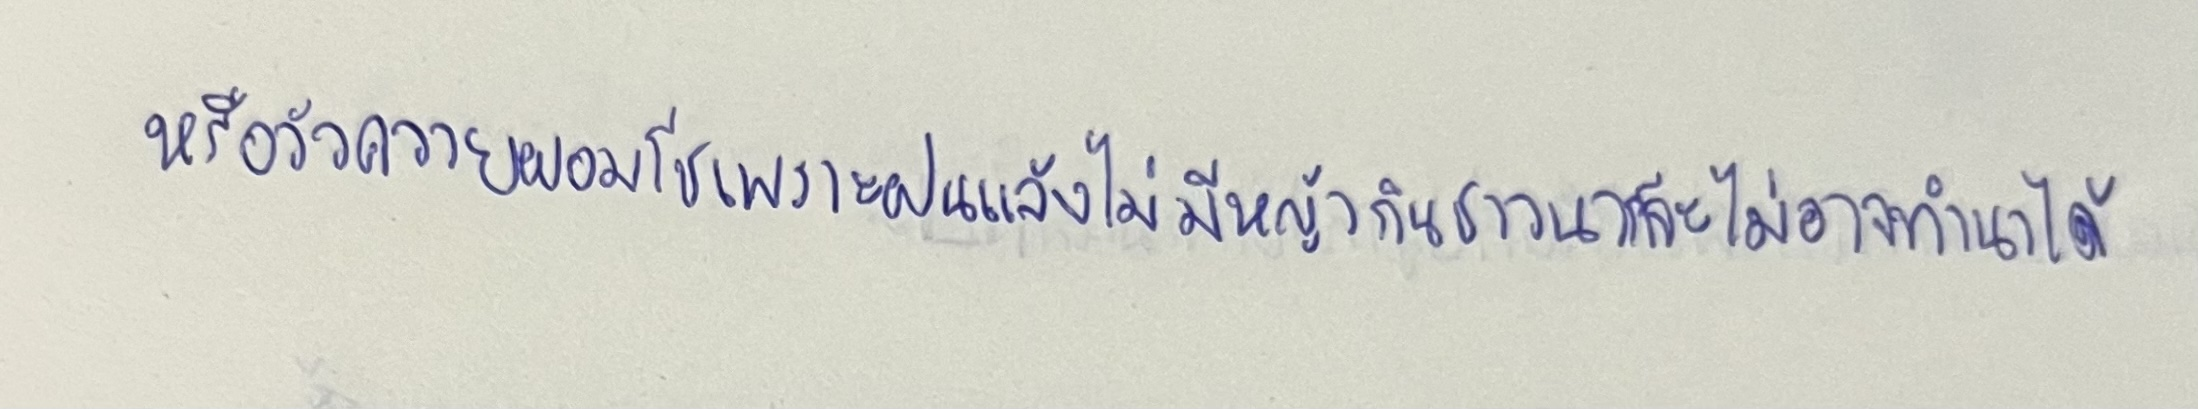
หรือวัวควายผอมโซเพราะฝนแล้งไม่มีหญ้ากินชาวนาก็จะไม่อาจทำนาได้